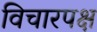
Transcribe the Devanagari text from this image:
विचारपक्ष